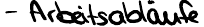
- Arbeitsabläufe